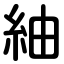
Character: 紬